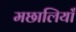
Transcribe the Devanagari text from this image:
मछालियाँ